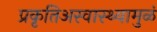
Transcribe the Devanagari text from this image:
प्रकृतिअस्वास्थ्यामुळं